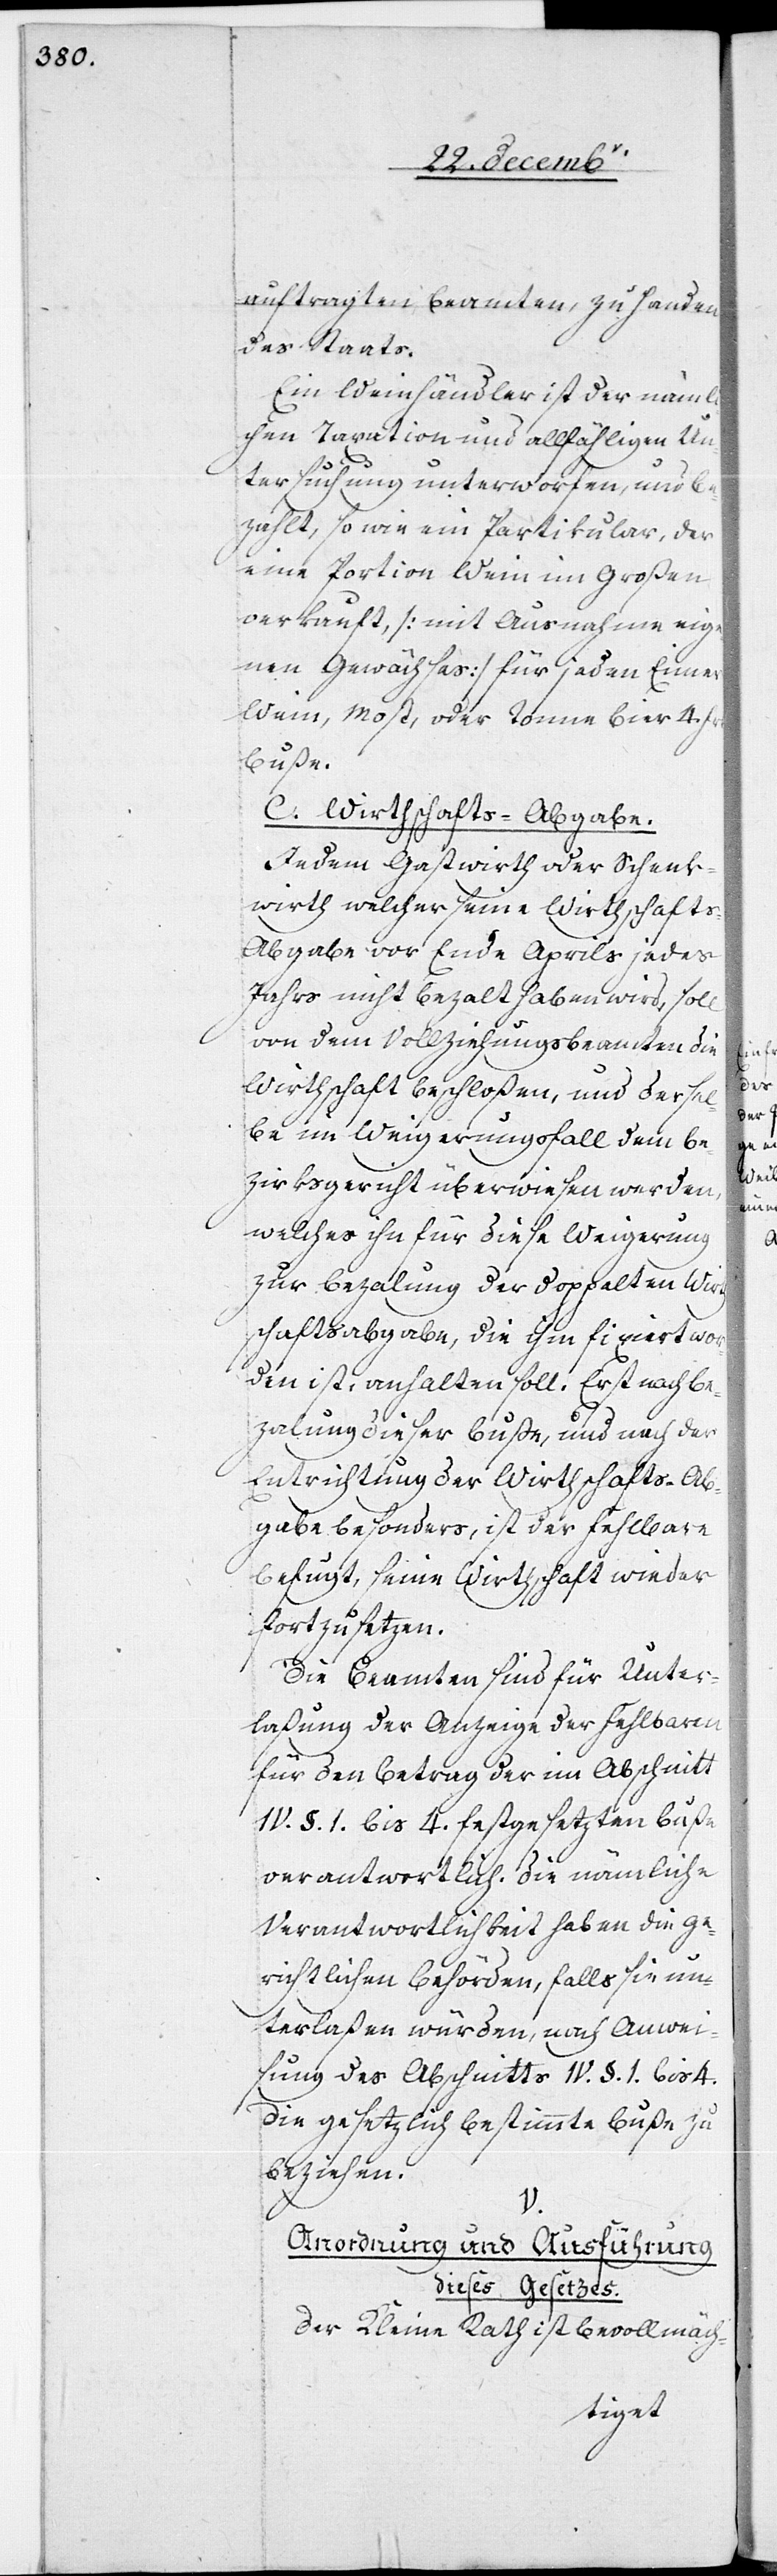
auftragten Beamten, zu Handen
des Staats.
Ein Weinhändler ist der nämli¬
chen Taxation und allfähligen Un¬
tersuchung unterworfen, und be¬
zahlt, so wie ein Partikular, der
eine Portion Wein im Großen
verkauft, [mit Ausnahme eige¬
nen Gewächses] für jeden Eimer
Wein, Most, oder Tonne Bier 4.
Buße.
C. Wirthschafts-Abgabe.
Jedem Gastwirth oder Schenk¬
wirth welcher seine Wirthschafts-A¬
bgabe vor Ende Aprills jedes
Jahrs nicht bezalt haben wird, soll
von dem Vollziehungsbeamten die
Wirthschaft beschloßen, und dersel¬
be im Weigerungsfall dem Be¬
zirksgericht überwiesen werden,
welches ihn für diese Weigerung
zur Bezalung der doppelten Wirths¬
chaftsabgabe, die ihm fixiert wor¬
den ist, anhalten soll. Erst nach Be¬
zalung dieser Buße, und nach der
Entrichtung der Wirthschafts-Ab¬
gabe besonders, ist der Fehlbare
befugt, seine Wirthschaft wieder
forzusetzen.
Die Beamten sind für Unter¬
laßung der Anzeige der Fehlbaren
für den Betrag der im Abschnitt
IV. §. 1. bis 4. festgesetzten Buße
verantwortlich. Die nämliche
Verantwortlichkeit haben die ge¬
richtlichen Behörden, falls sie un¬
terlaßen würden, nach Anwei¬
sung des Abschnitts IV. §. 1. bis 4.
die gesetzlich bestimmte Buße zu
beziehen.
V.
Anordnung und Ausführung
dieses Gesetzes.
Der Kleine Rath ist bevollmäch-